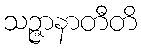
သဉ္ဇာနာတီတိ